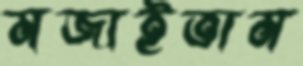
মজাইতাম